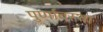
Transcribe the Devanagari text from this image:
पुर्णावस्था